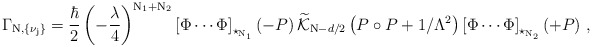
\begin{align*}\Gamma_{\rm N, \{ \nu_j \} } = \frac{\hbar}{2} \left( - \frac{\lambda}{4} \right)^{\rm N_1 + N_2 } \left[\Phi \cdots\Phi \right]_{\star_{\rm N_1}} \left( - P \right) \widetilde{{\cal K}}_{{\rm N}- d/2} \left( P \circ P + 1/ \Lambda^2 \right) \left[ \Phi \cdots\Phi \right]_{\star_{\rm N_2}} (+ P ) ~ ,\end{align*}